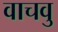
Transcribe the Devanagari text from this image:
वाचवु